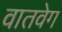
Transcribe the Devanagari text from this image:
वातवेग